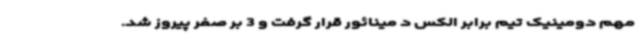
مهم دومینیک تیم برابر الکس د مینائور قرار گرفت و 3 بر صفر پیروز شد.